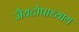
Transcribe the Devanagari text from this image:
जैयटोपाध्याय